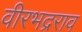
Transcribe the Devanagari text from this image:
वीरभद्रराव